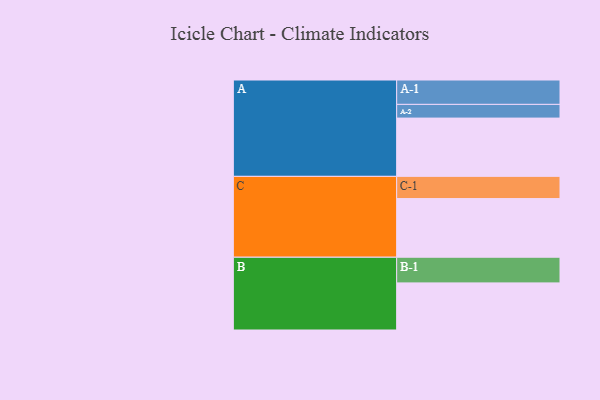
{"axis": {"x": "Segment", "y": "Value"}, "legend": ["", "A", "B", "C"], "data": [{"x": "A", "y": 459, "type": ""}, {"x": "B", "y": 371, "type": ""}, {"x": "C", "y": 462, "type": ""}, {"x": "A-1", "y": 192, "type": "A"}, {"x": "A-2", "y": 108, "type": "A"}, {"x": "B-1", "y": 202, "type": "B"}, {"x": "C-1", "y": 175, "type": "C"}]}